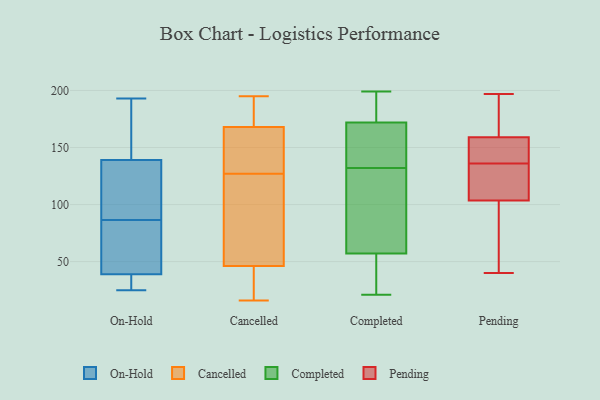
{"axis": {"x": "Active Users", "y": "Value"}, "legend": ["Cancelled", "Completed", "On-Hold", "Pending"], "data": [{"x": "", "y": 158, "type": "On-Hold"}, {"x": "", "y": 90, "type": "On-Hold"}, {"x": "", "y": 137, "type": "On-Hold"}, {"x": "", "y": 141, "type": "On-Hold"}, {"x": "", "y": 27, "type": "On-Hold"}, {"x": "", "y": 193, "type": "On-Hold"}, {"x": "", "y": 139, "type": "On-Hold"}, {"x": "", "y": 63, "type": "On-Hold"}, {"x": "", "y": 138, "type": "On-Hold"}, {"x": "", "y": 115, "type": "On-Hold"}, {"x": "", "y": 147, "type": "On-Hold"}, {"x": "", "y": 25, "type": "On-Hold"}, {"x": "", "y": 39, "type": "On-Hold"}, {"x": "", "y": 83, "type": "On-Hold"}, {"x": "", "y": 41, "type": "On-Hold"}, {"x": "", "y": 81, "type": "On-Hold"}, {"x": "", "y": 35, "type": "On-Hold"}, {"x": "", "y": 29, "type": "On-Hold"}, {"x": "", "y": 171, "type": "Cancelled"}, {"x": "", "y": 154, "type": "Cancelled"}, {"x": "", "y": 47, "type": "Cancelled"}, {"x": "", "y": 145, "type": "Cancelled"}, {"x": "", "y": 41, "type": "Cancelled"}, {"x": "", "y": 167, "type": "Cancelled"}, {"x": "", "y": 61, "type": "Cancelled"}, {"x": "", "y": 54, "type": "Cancelled"}, {"x": "", "y": 127, "type": "Cancelled"}, {"x": "", "y": 195, "type": "Cancelled"}, {"x": "", "y": 174, "type": "Cancelled"}, {"x": "", "y": 44, "type": "Cancelled"}, {"x": "", "y": 16, "type": "Cancelled"}, {"x": "", "y": 185, "type": "Completed"}, {"x": "", "y": 172, "type": "Completed"}, {"x": "", "y": 23, "type": "Completed"}, {"x": "", "y": 106, "type": "Completed"}, {"x": "", "y": 179, "type": "Completed"}, {"x": "", "y": 91, "type": "Completed"}, {"x": "", "y": 172, "type": "Completed"}, {"x": "", "y": 21, "type": "Completed"}, {"x": "", "y": 149, "type": "Completed"}, {"x": "", "y": 27, "type": "Completed"}, {"x": "", "y": 94, "type": "Completed"}, {"x": "", "y": 199, "type": "Completed"}, {"x": "", "y": 143, "type": "Completed"}, {"x": "", "y": 132, "type": "Completed"}, {"x": "", "y": 137, "type": "Completed"}, {"x": "", "y": 51, "type": "Completed"}, {"x": "", "y": 59, "type": "Completed"}, {"x": "", "y": 159, "type": "Pending"}, {"x": "", "y": 131, "type": "Pending"}, {"x": "", "y": 140, "type": "Pending"}, {"x": "", "y": 122, "type": "Pending"}, {"x": "", "y": 159, "type": "Pending"}, {"x": "", "y": 133, "type": "Pending"}, {"x": "", "y": 197, "type": "Pending"}, {"x": "", "y": 166, "type": "Pending"}, {"x": "", "y": 85, "type": "Pending"}, {"x": "", "y": 139, "type": "Pending"}, {"x": "", "y": 40, "type": "Pending"}, {"x": "", "y": 69, "type": "Pending"}]}